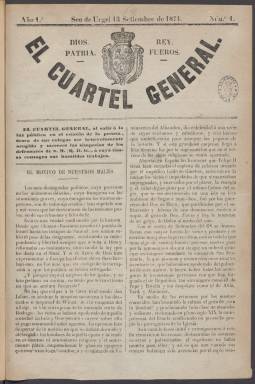
Título: El Cuartel general (Seo de Urgel)
Colección: Periódicos || Carlismo
Ámbito geográfico: Lérida
Lugar de publicación: Seo de Urgel [Lérida]
Fechas: 13/09/1874-01/04/1875